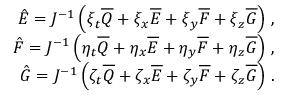
\begin{array} { r } { \hat { E } = J ^ { - 1 } \left( \xi _ { t } \overline { { Q } } + \xi _ { x } \overline { { E } } + \xi _ { y } \overline { { F } } + \xi _ { z } \overline { { G } } \right) \, \mathrm { , } } \\ { \hat { F } = J ^ { - 1 } \left( \eta _ { t } \overline { { Q } } + \eta _ { x } \overline { { E } } + \eta _ { y } \overline { { F } } + \eta _ { z } \overline { { G } } \right) \, \mathrm { , } } \\ { \hat { G } = J ^ { - 1 } \left( \zeta _ { t } \overline { { Q } } + \zeta _ { x } \overline { { E } } + \zeta _ { y } \overline { { F } } + \zeta _ { z } \overline { { G } } \right) \, \mathrm { . } } \end{array}